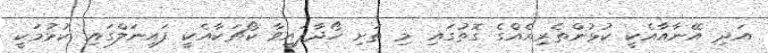
އަދި އޭނާއާއެކީ ކުޅުންތެރިއެއްގެ ގޮތުގައި މި ތަށި ހޯދާފައިވާ ކޯޗަކާއެކީ ފައިނަލްގައި ކުޅުމަކީ